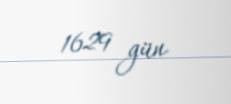
1629 gün